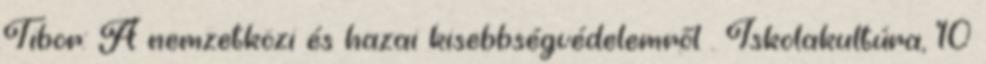
Tibor: A nemzetközi és hazai kisebbségvédelemről . Iskolakultúra, 10